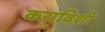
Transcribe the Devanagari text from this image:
कराविशी